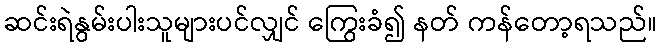
ဆင်းရဲနွမ်းပါးသူများပင်လျှင် ကြွေးခံ၍ နတ် ကန်တော့ရသည်။